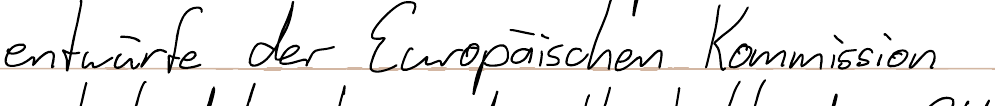
entwürfe der Europäischen Kommission